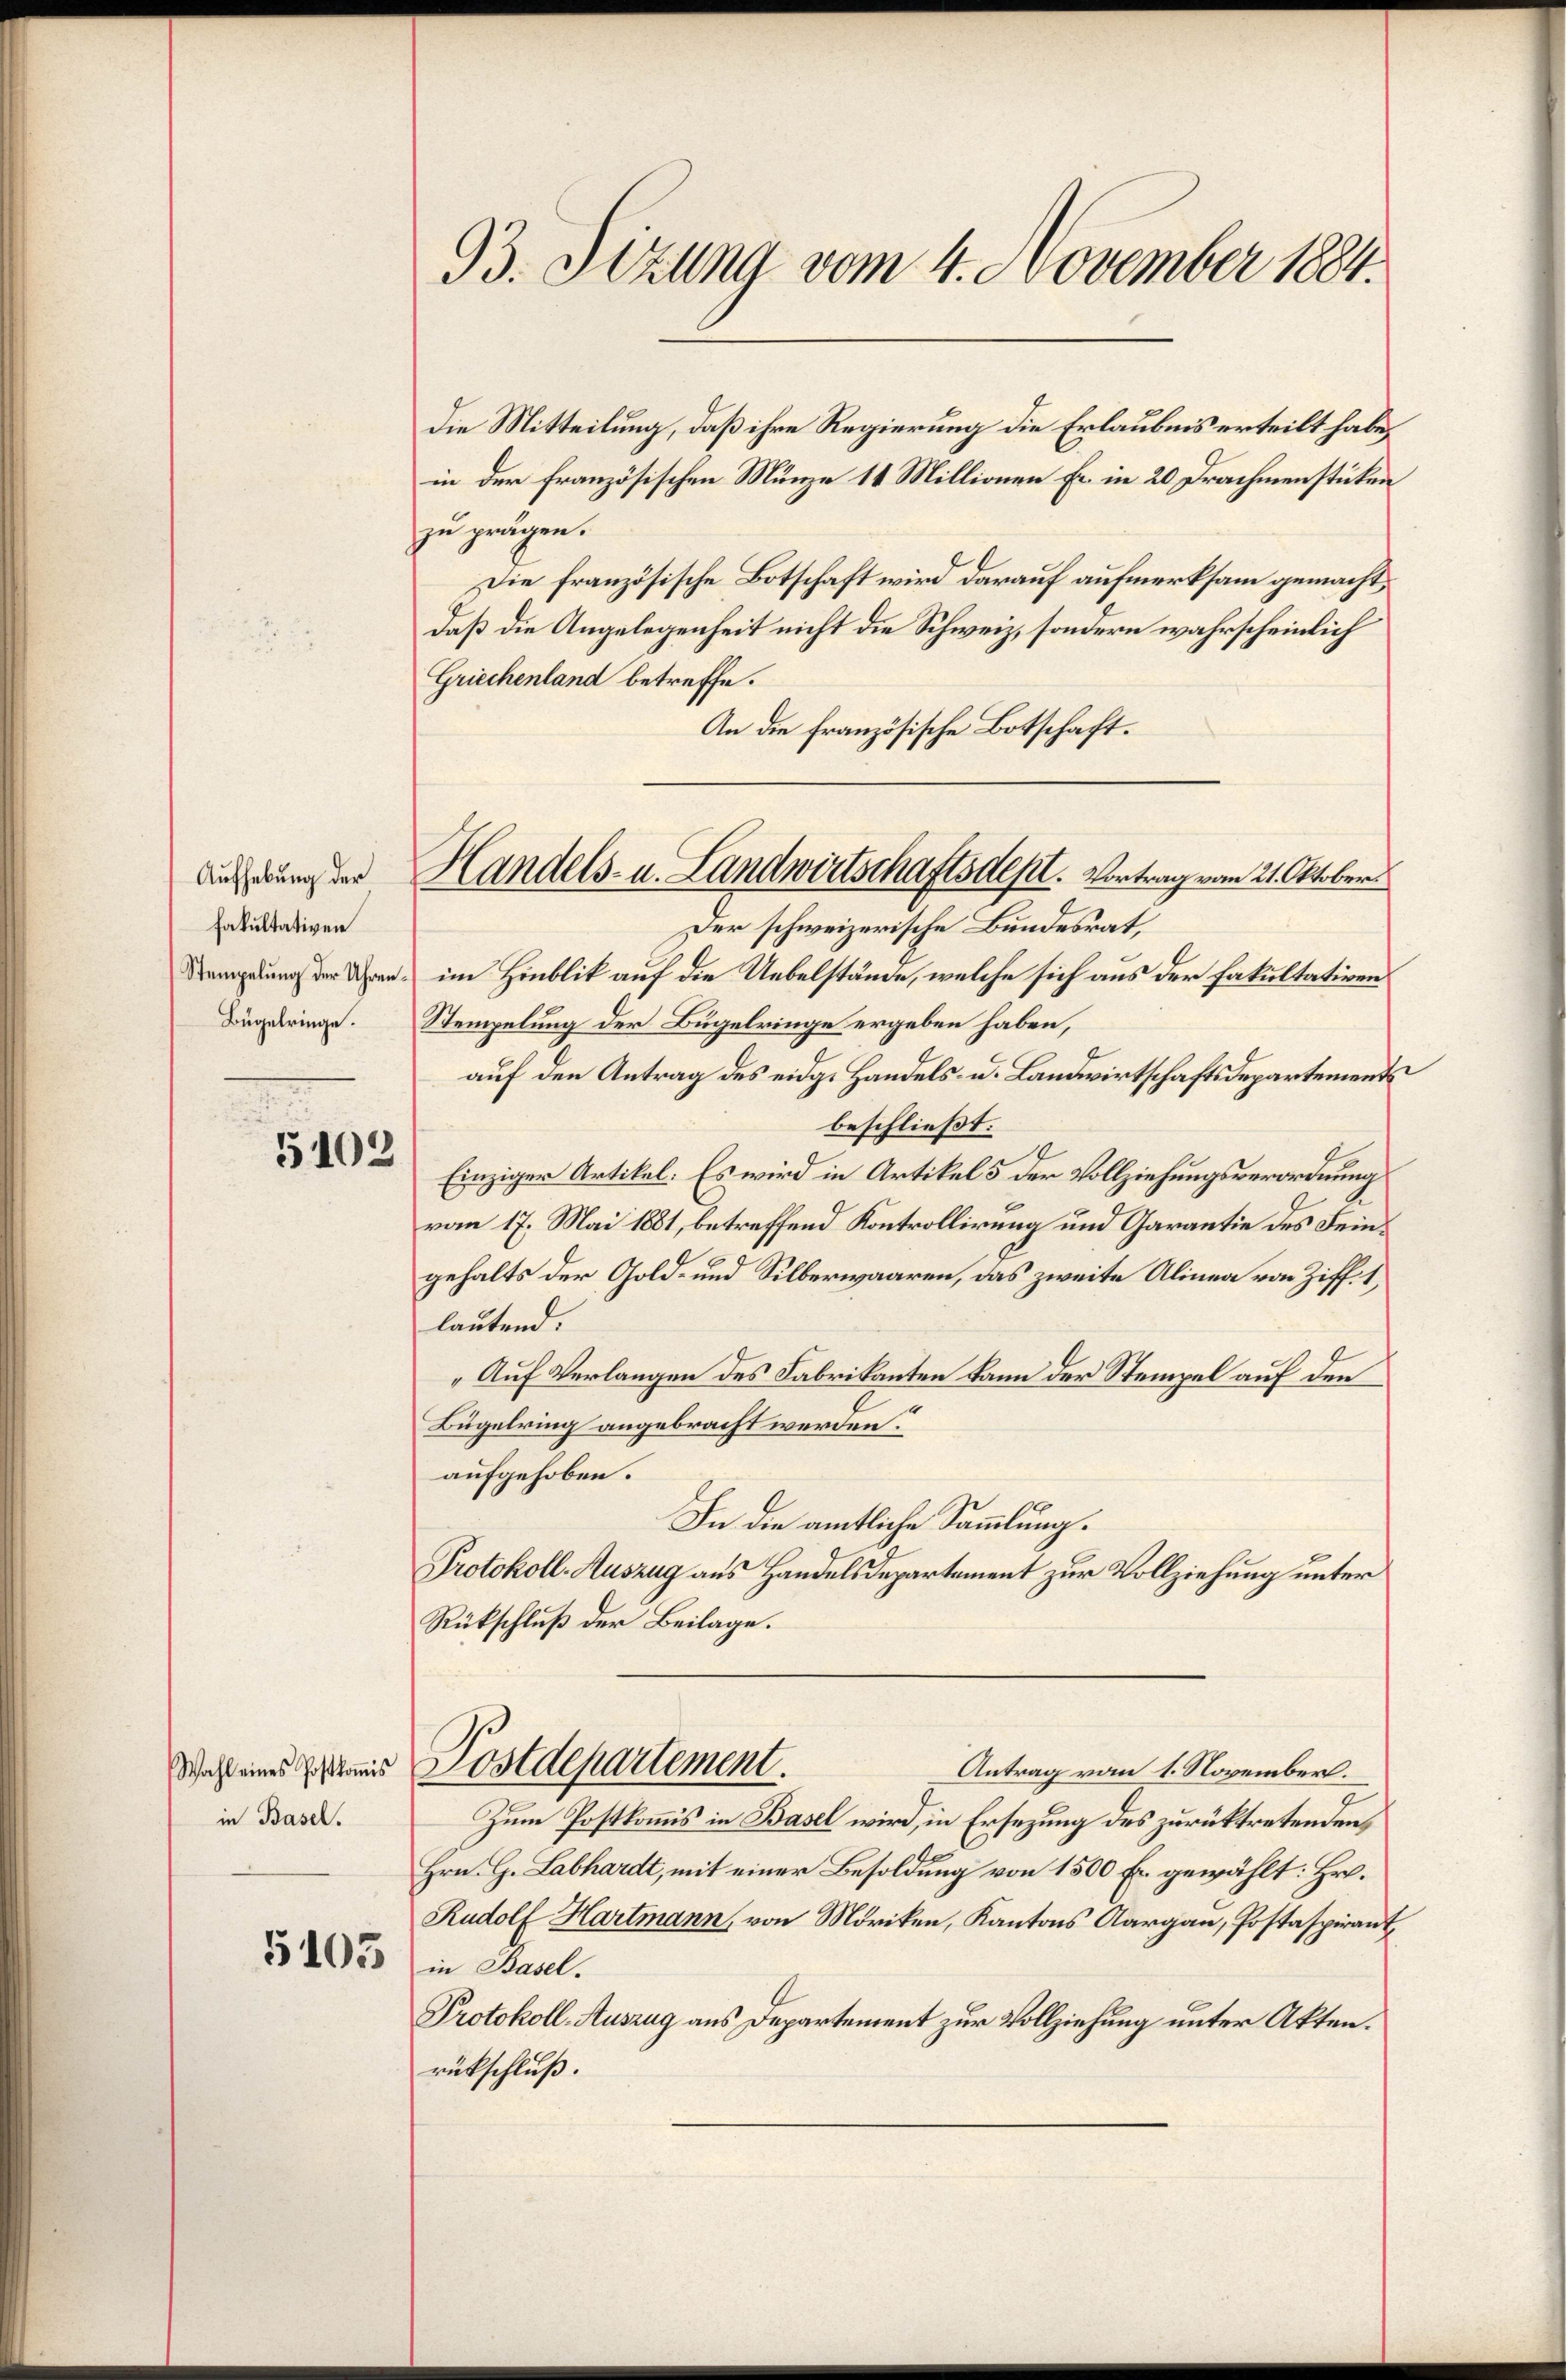
Aufhebung der
Fakultativen
Stempelung der Uhren.
Bügelringe.

5102

Wahl eines Postkoṁis
in Basel.

5105

93. Sizung vom 4. November 1884.

Die Mitteilung, daß ihre Regierung die Erlaubnis erteilt habe,
in der französischen Münze 11 Millionen Er in 20 Drachmenstücken
zu prägen.
Die französische Botschaft wird darauf aufmerksam gemacht,
daß die Angelegenheit nicht die Schweiz, sondern wahrscheinlich
Griechenland betreffe.
An die französische Botschaft.
Der schweizerische Bundesrat,
im Hinblik auf die Uebelstände, welche sich aus der Fakultativen
Stempelung der Bügelringe ergeben haben,
auf den Antrag des eidg. Handels- u. Landwirtschaftsdepartement
beschließt:
9
Einziger Artikel. Es wird in Artikel 5 der Vollziehungsverordnung
vom 17. Mai 1881, betreffend Kontrollirung und Garantie des Feingehalts der Gold- und Silberwaaren, das zweite Alinea von Ziff. 1,
lautend:
„Auf Verlangen des Fabrikanten kann der Stempel auf den
Bügelring angebracht werden.
aufgehoben.
In die amtliche Sammlung.
Protokoll-Auszug aus Handelsdepartement zur Vollziehung unter
Rückschluß der Beilage.
Postdepartement.
Antrag vom 1. November.
Zum Postkommis in Basel wird, in Ersezung des zurücktretenden
Hrn. G. Labhardt, mit einer Besoldung von 1500 Er gewählt: Hr.
Rudolf Hartmann, von Möriken, Kantons Aargau, Postaspirant
in Basel.
Protokoll-Auszug aus Departement zur Vollziehung unter Akten.
rückschluß.

Handels- u. Landwirtschaftsdest. Vortrag vom 21. Oktober